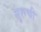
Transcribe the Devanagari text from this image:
सुरूची